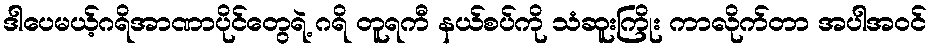
ဒါပေမယ့်ဂရိအာဏာပိုင်တွေရဲ့ ဂရိ တူရကီ နယ်စပ်ကို သံဆူးကြိုး ကာလိုက်တာ အပါအဝင်